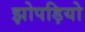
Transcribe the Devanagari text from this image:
झोपड़ियो